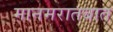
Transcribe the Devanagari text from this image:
मानमरातबात